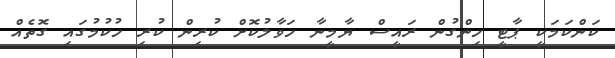
ކަންކަމަކީ ޕާޓީ ހިންގުން ރައީސް ޔާމީނާ ހަވާލުކޮށް ކުރިން ކުރި ހުކުމުގައި ގޮތެއް